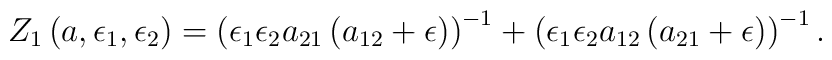
Z_1\left(a, \epsilon_1, \epsilon_2 \right)=\left(\epsilon_1 \epsilon_2 a_{21} \left(a_{12}+\epsilon\right)\right)^{-1}+\left(\epsilon_1 \epsilon_2 a_{12} \left(a_{21}+\epsilon \right)\right)^{-1}.